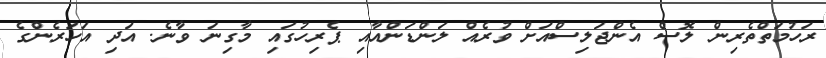
ރަހުމަތްތެރިން ލޮސް އެންޖަލިސްއަށް ވުރެއް ލަންޑަންއާއި ޕެރިހުގައި މާގިނަ ވާނެ. އަދި އަހަރެންގެ